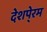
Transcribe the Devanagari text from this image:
देशपे्रम